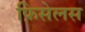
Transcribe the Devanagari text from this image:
फ़िसेलस